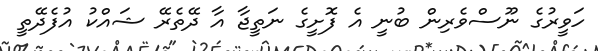
ހަވީރުގެ ނޫސްވެރިން ބުނީ އެ ފޮށީގެ ނަތީޖާ އާ ދޭތެރޭ ޝައްކު އުފެދޭތީ